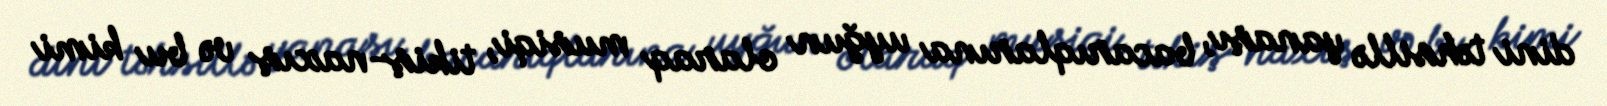
dini təhsillə yanaşı, bacarıqlarına uyğun olaraq musiqi, tikiş-naxış və bu kimi